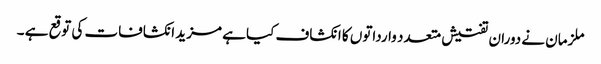
ملزمان نے دوران تفتیش متعدد وارداتوں کا انکشاف کیا ہے مزید انکشافات کی توقع ہے ۔